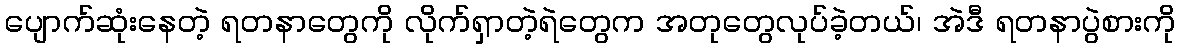
ပျောက်ဆုံးနေတဲ့ ရတနာတွေကို လိုက်ရှာတဲ့ရဲတွေက အတုတွေလုပ်ခဲ့တယ်၊ အဲဒီ ရတနာပွဲစားကို